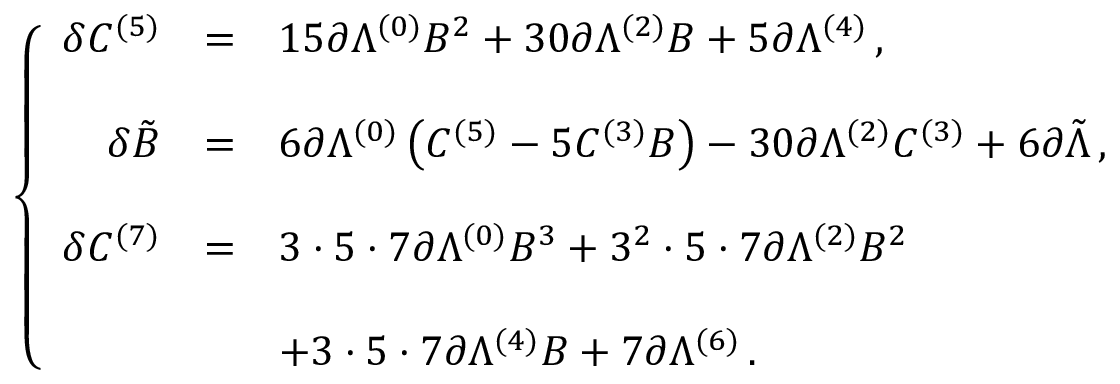
\left\{ \begin{array} { r c l } { { \delta C ^ { ( 5 ) } } } & { { = } } & { { 1 5 \partial \Lambda ^ { ( 0 ) } B ^ { 2 } + 3 0 \partial \Lambda ^ { ( 2 ) } B + 5 \partial \Lambda ^ { ( 4 ) } \, , } } \\ { { } } & { { } } & { { } } \\ { { \delta \tilde { B } } } & { { = } } & { { 6 \partial \Lambda ^ { ( 0 ) } \left( C ^ { ( 5 ) } - 5 C ^ { ( 3 ) } B \right) - 3 0 \partial \Lambda ^ { ( 2 ) } C ^ { ( 3 ) } + 6 \partial \tilde { \Lambda } \, , } } \\ { { } } & { { } } & { { } } \\ { { \delta C ^ { ( 7 ) } } } & { { = } } & { { 3 \cdot 5 \cdot 7 \partial \Lambda ^ { ( 0 ) } B ^ { 3 } + 3 ^ { 2 } \cdot 5 \cdot 7 \partial \Lambda ^ { ( 2 ) } B ^ { 2 } } } \\ { { } } & { { } } & { { } } \\ { { } } & { { } } & { { + 3 \cdot 5 \cdot 7 \partial \Lambda ^ { ( 4 ) } B + 7 \partial \Lambda ^ { ( 6 ) } \, . } } \end{array} \right.